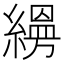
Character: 𦄡